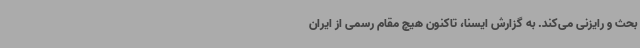
بحث و رایزنی می‌کند. به گزارش ایسنا، تاکنون هیچ مقام رسمی از ایران